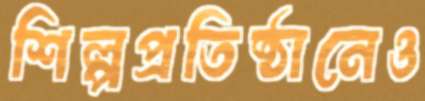
শিল্পপ্রতিষ্ঠানেও